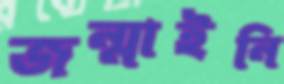
জন্মাইনি